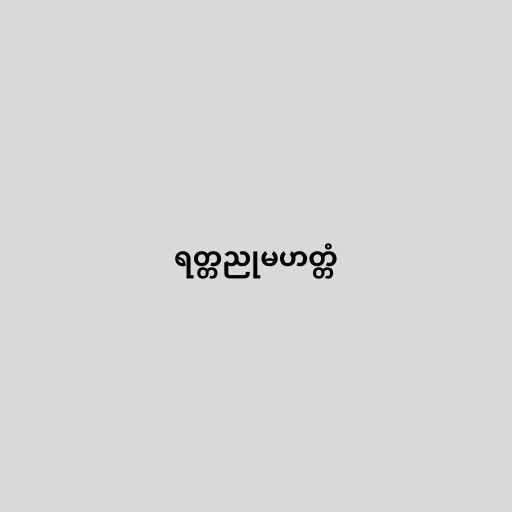
ရတ္တညုမဟတ္တံ